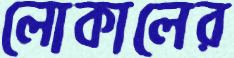
লোকালের